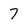
Character: 7